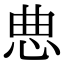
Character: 㤟